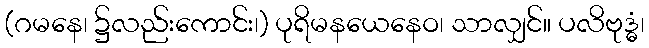
(ဂမနေ၊ ၌လည်းကောင်း၊) ပုရိမနယေနေဝ၊ သာလျှင်။ ပလိဗုဒ္ဓံ၊